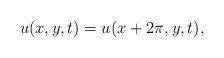
LaTeX: \begin{align*} u(x, y, t)= u(x+ 2\pi, y, t),\end{align*}